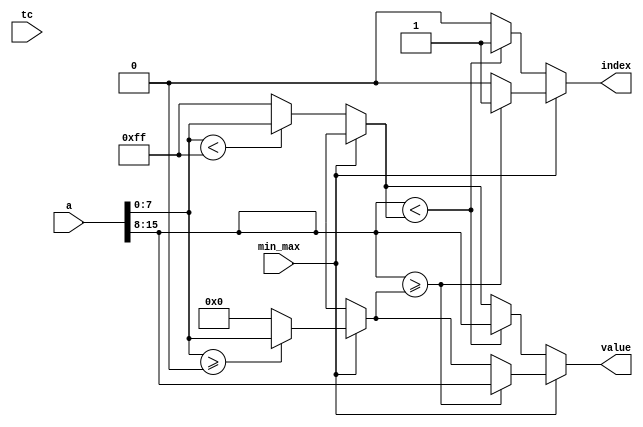
// ================================================================
// NVDLA Open Source Project
//
// Copyright(c) 2016 - 2017 NVIDIA Corporation. Licensed under the
// NVDLA Open Hardware License; Check "LICENSE" which comes with
// this distribution for more information.
// ================================================================
module NV_DW_minmax (a ,tc ,min_max ,value ,index);
  parameter width = 8;
  parameter num_inputs = 2;
  localparam index_width = ((num_inputs>8)? ((num_inputs> 32)? 6 : ((num_inputs>16)? 5 : 4)) : ((num_inputs>4)? 3 : ((num_inputs>2)? 2 : 1)));
  input [num_inputs*width-1 : 0] a;
  input tc; //dangle, only support unsigned.
  input min_max;
  output [width-1 : 0] value;
  output [index_width-1 : 0] index;
  reg [width-1 : 0] value;
  reg [index_width-1 : 0] index;
  wire tc_NC;
// synoff nets
// monitor nets
// debug nets
// tie high nets
// tie low nets
// no connect nets
// not all bits used nets
// todo nets
  assign tc_NC = tc;
  function [width-1 : 0] max_unsigned_value;
    input [num_inputs*width-1 : 0] a;
    reg [width-1 : 0] a_v;
    reg [width-1 : 0] value_v;
    reg [index_width : 0] k;
    begin
 value_v = {width{1'b0}};
 for (k = 0; k < num_inputs; k = k+1) begin
     a_v = a[width-1 : 0];
     a = a >> width;
     if (a_v >= value_v) begin
         value_v = a_v;
     end
 end
 max_unsigned_value = value_v;
    end
  endfunction
    function [index_width-1 : 0] max_unsigned_index;
        input [num_inputs*width-1 : 0] a;
        reg [width-1 : 0] a_v;
        reg [index_width-1 : 0] index_v;
        reg [width-1 : 0] value_v;
        reg [index_width : 0] k;
        begin
     value_v = {width{1'b0}};
     index_v = {index_width{1'b0}};
     for (k = 0; k < num_inputs; k = k+1) begin
         a_v = a[width-1 : 0];
         a = a >> width;
         if (a_v >= value_v) begin
             value_v = a_v;
             index_v = k[index_width-1 : 0];
         end
     end
     max_unsigned_index = index_v;
        end
    endfunction
  function [width-1 : 0] min_unsigned_value;
    input [num_inputs*width-1 : 0] a;
    reg [width-1 : 0] a_v;
    reg [width-1 : 0] value_v;
    reg [index_width : 0] k;
 begin
    value_v = {width{1'b1}};
 for (k = 0; k < num_inputs; k = k+1) begin
     a_v = a[width-1 : 0];
     a = a >> width;
     if (a_v < value_v) begin
         value_v = a_v;
     end
 end
 min_unsigned_value = value_v;
    end
  endfunction
  function [index_width-1 : 0] min_unsigned_index;
    input [num_inputs*width-1 : 0] a;
    reg [width-1 : 0] a_v;
    reg [width-1 : 0] value_v;
    reg [index_width-1 : 0] index_v;
    reg [index_width : 0] k;
 begin
    value_v = {width{1'b1}};
 index_v = {index_width{1'b0}};
 for (k = 0; k < num_inputs; k = k+1) begin
     a_v = a[width-1 : 0];
     a = a >> width;
     if (a_v < value_v) begin
         value_v = a_v;
         index_v = k[index_width-1 : 0];
     end
 end
 min_unsigned_index = index_v;
    end
  endfunction
  always @(a or min_max) begin
        if (min_max == 1'b0) begin
         value = min_unsigned_value (a);
         index = min_unsigned_index (a);
        end
     else begin
         value = max_unsigned_value (a);
         index = max_unsigned_index (a);
        end
  end
endmodule